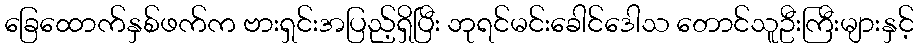
ခြေထောက်နှစ်ဖက်က ဗားရှင်းအပြည့်ရှိပြီး ဘုရင်မင်းခေါင်ဒေါသ တောင်သူဦးကြီးများနှင့်